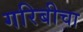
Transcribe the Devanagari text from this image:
गरिबीचा